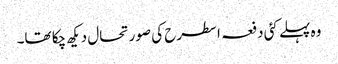
وہ پہلے کئی دفعہ اسطرح کی صورتحال دیکھ چکا تھا۔